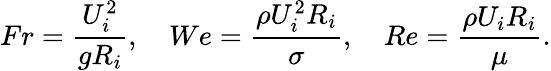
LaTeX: Fr=\frac{U_{i}^{2}}{gR_{i}},\quad We=\frac{\rho U_{i}^{2}R_{i}}{\sigma},\quad Re=\frac{\rho U_{i}R_{i}}{\mu}.